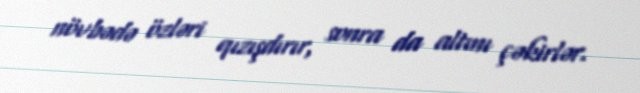
növbədə özləri qızışdırır, sonra da altını çəkirlər.